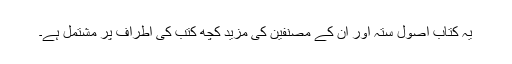
یہ کتاب اصول ستہ اور ان کے مصنفین کی مزید کچھ کتب کی اطراف پر مشتمل ہے۔